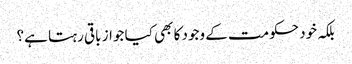
بلکہ خود حکومت کے وجود کا بھی کیا جواز باقی رہتا ہے؟